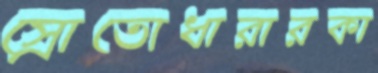
স্রোতোধারারকা